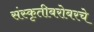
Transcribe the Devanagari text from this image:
संस्कृतीबरोबरचे